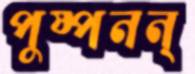
পুষ্পনন্